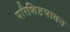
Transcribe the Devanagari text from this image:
परिशिष्टपावन